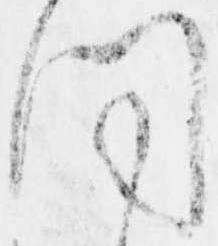
同